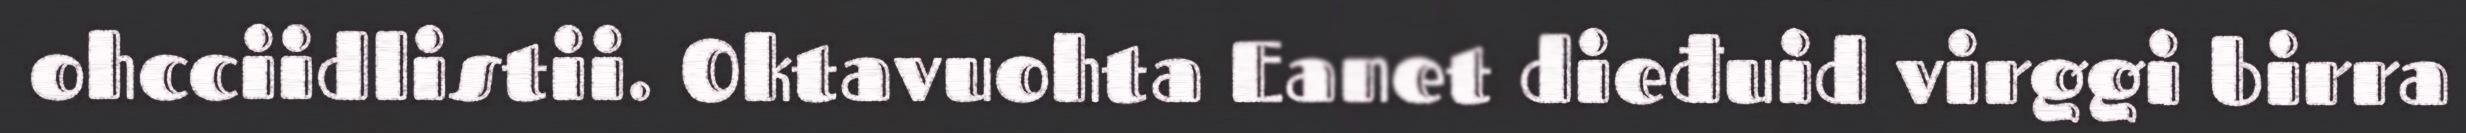
ohcciidlistii. Oktavuohta Eanet dieđuid virggi birra